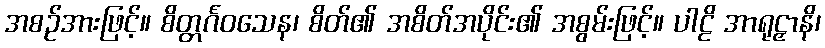
အစဉ်အားဖြင့်။ စိတ္တင်္ဂဝသေန၊ စိတ်၏ အစိတ်အပိုင်း၏ အစွမ်းဖြင့်။ ပါဠိ အာရုဠှာနိ၊